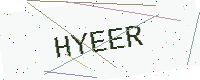
Text: HYEER